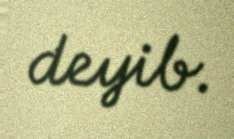
deyib.